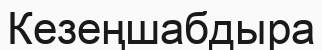
Кезеңшабдыра